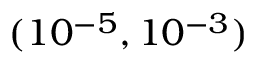
( 1 0 ^ { - 5 } , 1 0 ^ { - 3 } )